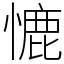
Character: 㦇